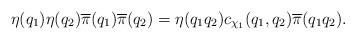
LaTeX: \begin{align*} \eta(q_1) \eta(q_2) \overline{\pi}(q_1) \overline{\pi}(q_2) = \eta(q_1 q_2) c_{\chi_1}(q_1, q_2) \overline{\pi}(q_1 q_2).\end{align*}